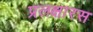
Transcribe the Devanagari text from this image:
प्रलक्षारस